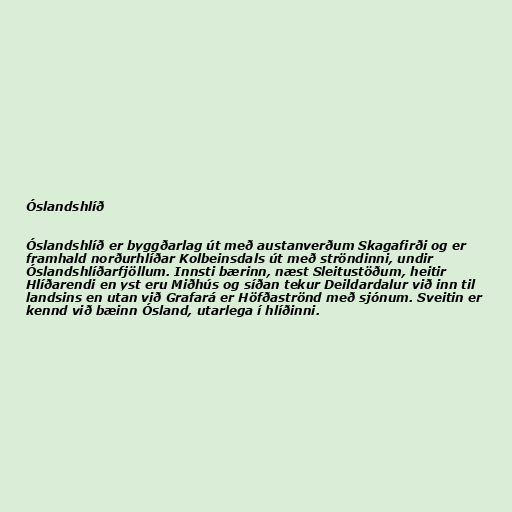
Óslandshlíð

Óslandshlíð er byggðarlag út með austanverðum Skagafirði og er
framhald norðurhlíðar Kolbeinsdals út með ströndinni, undir
Óslandshlíðarfjöllum. Innsti bærinn, næst Sleitustöðum, heitir
Hlíðarendi en yst eru Miðhús og síðan tekur Deildardalur við inn til
landsins en utan við Grafará er Höfðaströnd með sjónum. Sveitin er
kennd við bæinn Ósland, utarlega í hlíðinni.